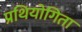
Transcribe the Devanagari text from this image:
प्रथियोगिता